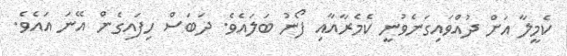
ކެމީލާ އަށް ދުއްވައިގަނެވުނީ ކެމެރާއާއި ފޯނު ބަލައެވެ. ދަބަސް ހިފައިގެން އޭނަ އައެވެ.